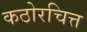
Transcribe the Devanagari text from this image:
कठोरचित्त